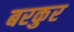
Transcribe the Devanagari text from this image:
बरकुर